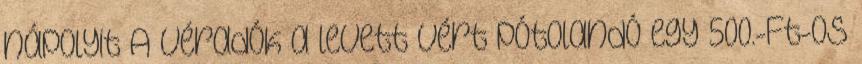
nápolyit A véradók a levett vért pótolandó egy 500.-Ft-os